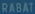
RABAT